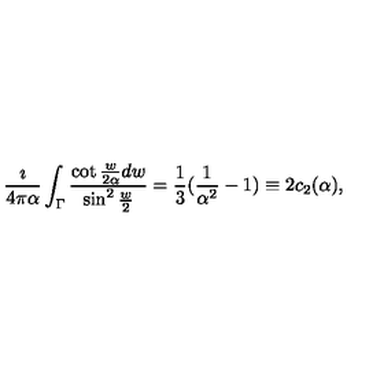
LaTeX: { \frac { \imath } { 4 \pi \alpha } } \int _ { \Gamma } { \frac { \cot { \frac { w } { 2 \alpha } } d w } { \sin ^ { 2 } { \frac { w } { 2 } } } } = { \frac { 1 } { 3 } } ( { \frac { 1 } { \alpha ^ { 2 } } } - 1 ) \equiv 2 c _ { 2 } ( \alpha ) ,